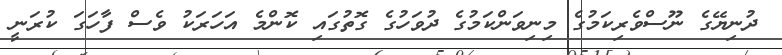
ދުނިޔޭގެ ނޫސްވެރިކަމުގެ މިނިވަންކަމުގެ ދުވަހުގެ ގޮތުގައި ކޮންމެ އަހަރަކު ވެސް ފާހަގަ ކުރަނީ